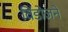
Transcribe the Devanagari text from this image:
विंडोजने